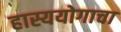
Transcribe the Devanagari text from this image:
हास्ययोगाचा